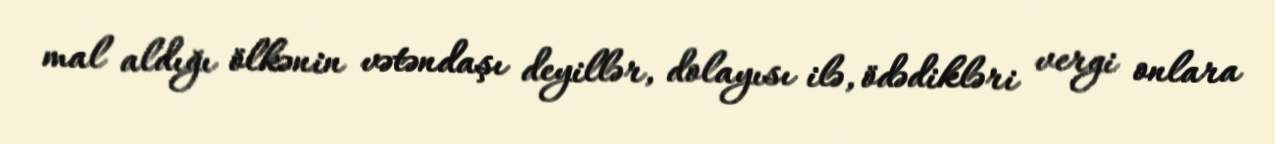
mal aldığı ölkənin vətəndaşı deyillər, dolayısı ilə, ödədikləri vergi onlara